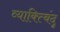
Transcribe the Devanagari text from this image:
व्याक्त्बिंदू